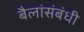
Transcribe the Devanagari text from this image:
बैलांसंबंधी